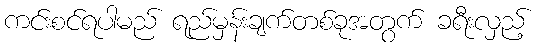
ကင်းစင်ရပါမည် ရည်မှန်းချက်တစ်ခုအတွက် ခရီးလှည့်